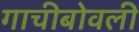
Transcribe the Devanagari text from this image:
गाचीबोवली